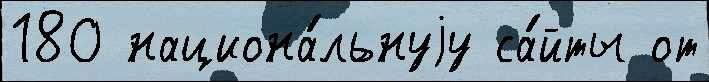
180 национа́льнуjу са́йты от